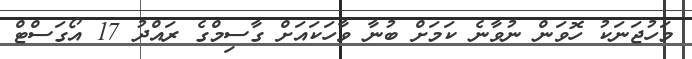
މަހުޖަނަކު ހޮވަން ނުވާނެ ކަމަށް ބުނާ ވާހަކައަށް ގާސިމްގެ ރައްދު 17 އޯގަސްޓް